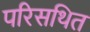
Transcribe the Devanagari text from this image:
परिसथित